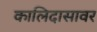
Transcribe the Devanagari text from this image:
कालिदासावर